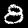
Label: 8